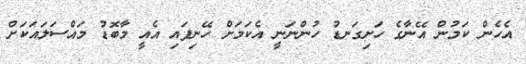
އެހެން ކަމުން އޭނާގެ ހަށިގަނޑު ހުންނަނީ އެކަމަށް ހޭނިފައި އެއީ މާބޮޑު މައްސަލައަކަށް